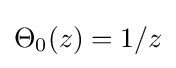
\Theta _{0}(z)=1/z